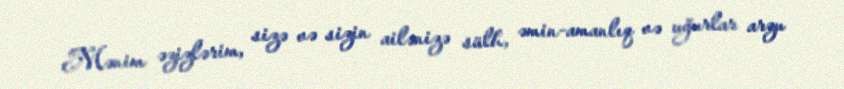
Mənim əzizlərim, sizə və sizin ailənizə sülh, əmin-amanlıq və uğurlar arzu